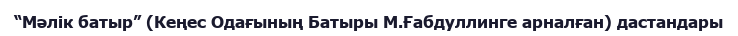
“Мәлік батыр” (Кеңес Одағының Батыры М.Ғабдуллинге арналған) дастандары